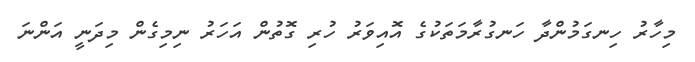
މިހާރު ހިނގަމުންދާ ހަނގުރާމަތަކުގެ އޮއިވަރު ހުރި ގޮތުން އަހަރު ނިމިގެން މިދަނީ އަންނަ